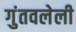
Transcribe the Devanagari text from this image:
गुंतवलेली